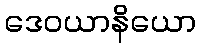
ဒေဝယာနိယော